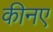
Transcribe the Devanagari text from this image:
कीनए